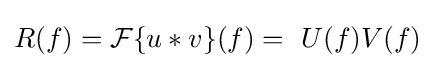
R(f)={\mathcal {F}}\{u*v\}(f)=\ U(f)V(f)